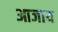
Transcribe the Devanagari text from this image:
आजाय